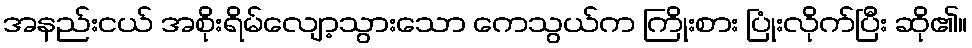
အနည်းငယ် အစိုးရိမ်လျော့သွားသော ကေသွယ်က ကြိုးစား ပြုံးလိုက်ပြီး ဆို၏။